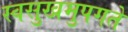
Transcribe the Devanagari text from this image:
स्वसुखमुपगते